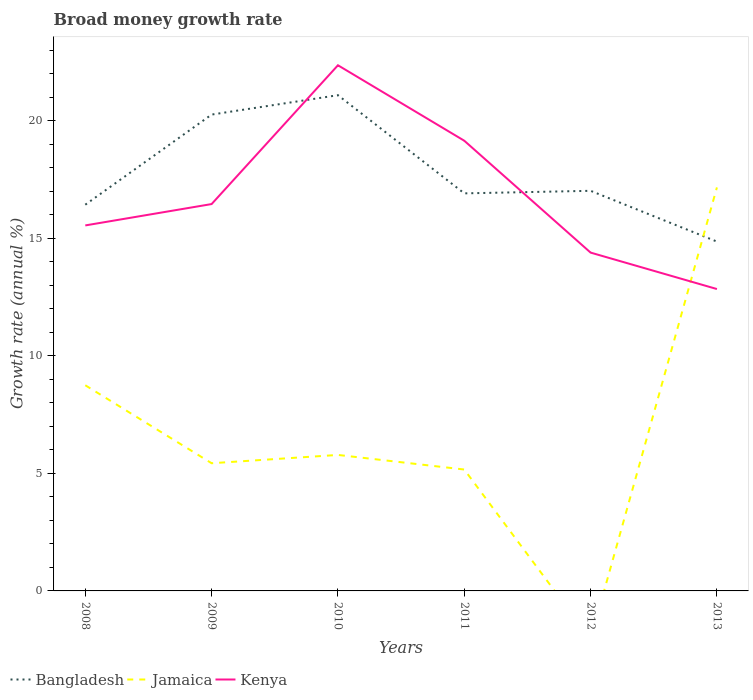
| Years | Bangladesh | Jamaica | Kenya |
 | --- | --- | --- | --- |
 | 2008 | 16.4 | 8.75 | 15.5 |
 | 2009 | 20.3 | 5.43 | 16.5 |
 | 2010 | 21.1 | 5.79 | 22.4 |
 | 2011 | 16.9 | 5.16 | 19.2 |
 | 2012 | 17 | -2.05 | 14.4 |
 | 2013 | 14.9 | 17.2 | 12.8 |